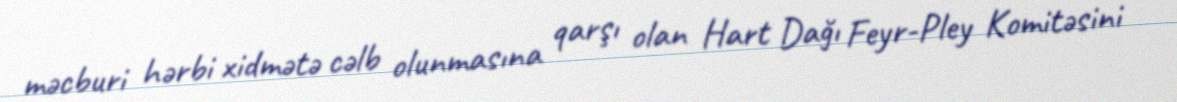
məcburi hərbi xidmətə cəlb olunmasına qarşı olan Hart Dağı Feyr-Pley Komitəsini